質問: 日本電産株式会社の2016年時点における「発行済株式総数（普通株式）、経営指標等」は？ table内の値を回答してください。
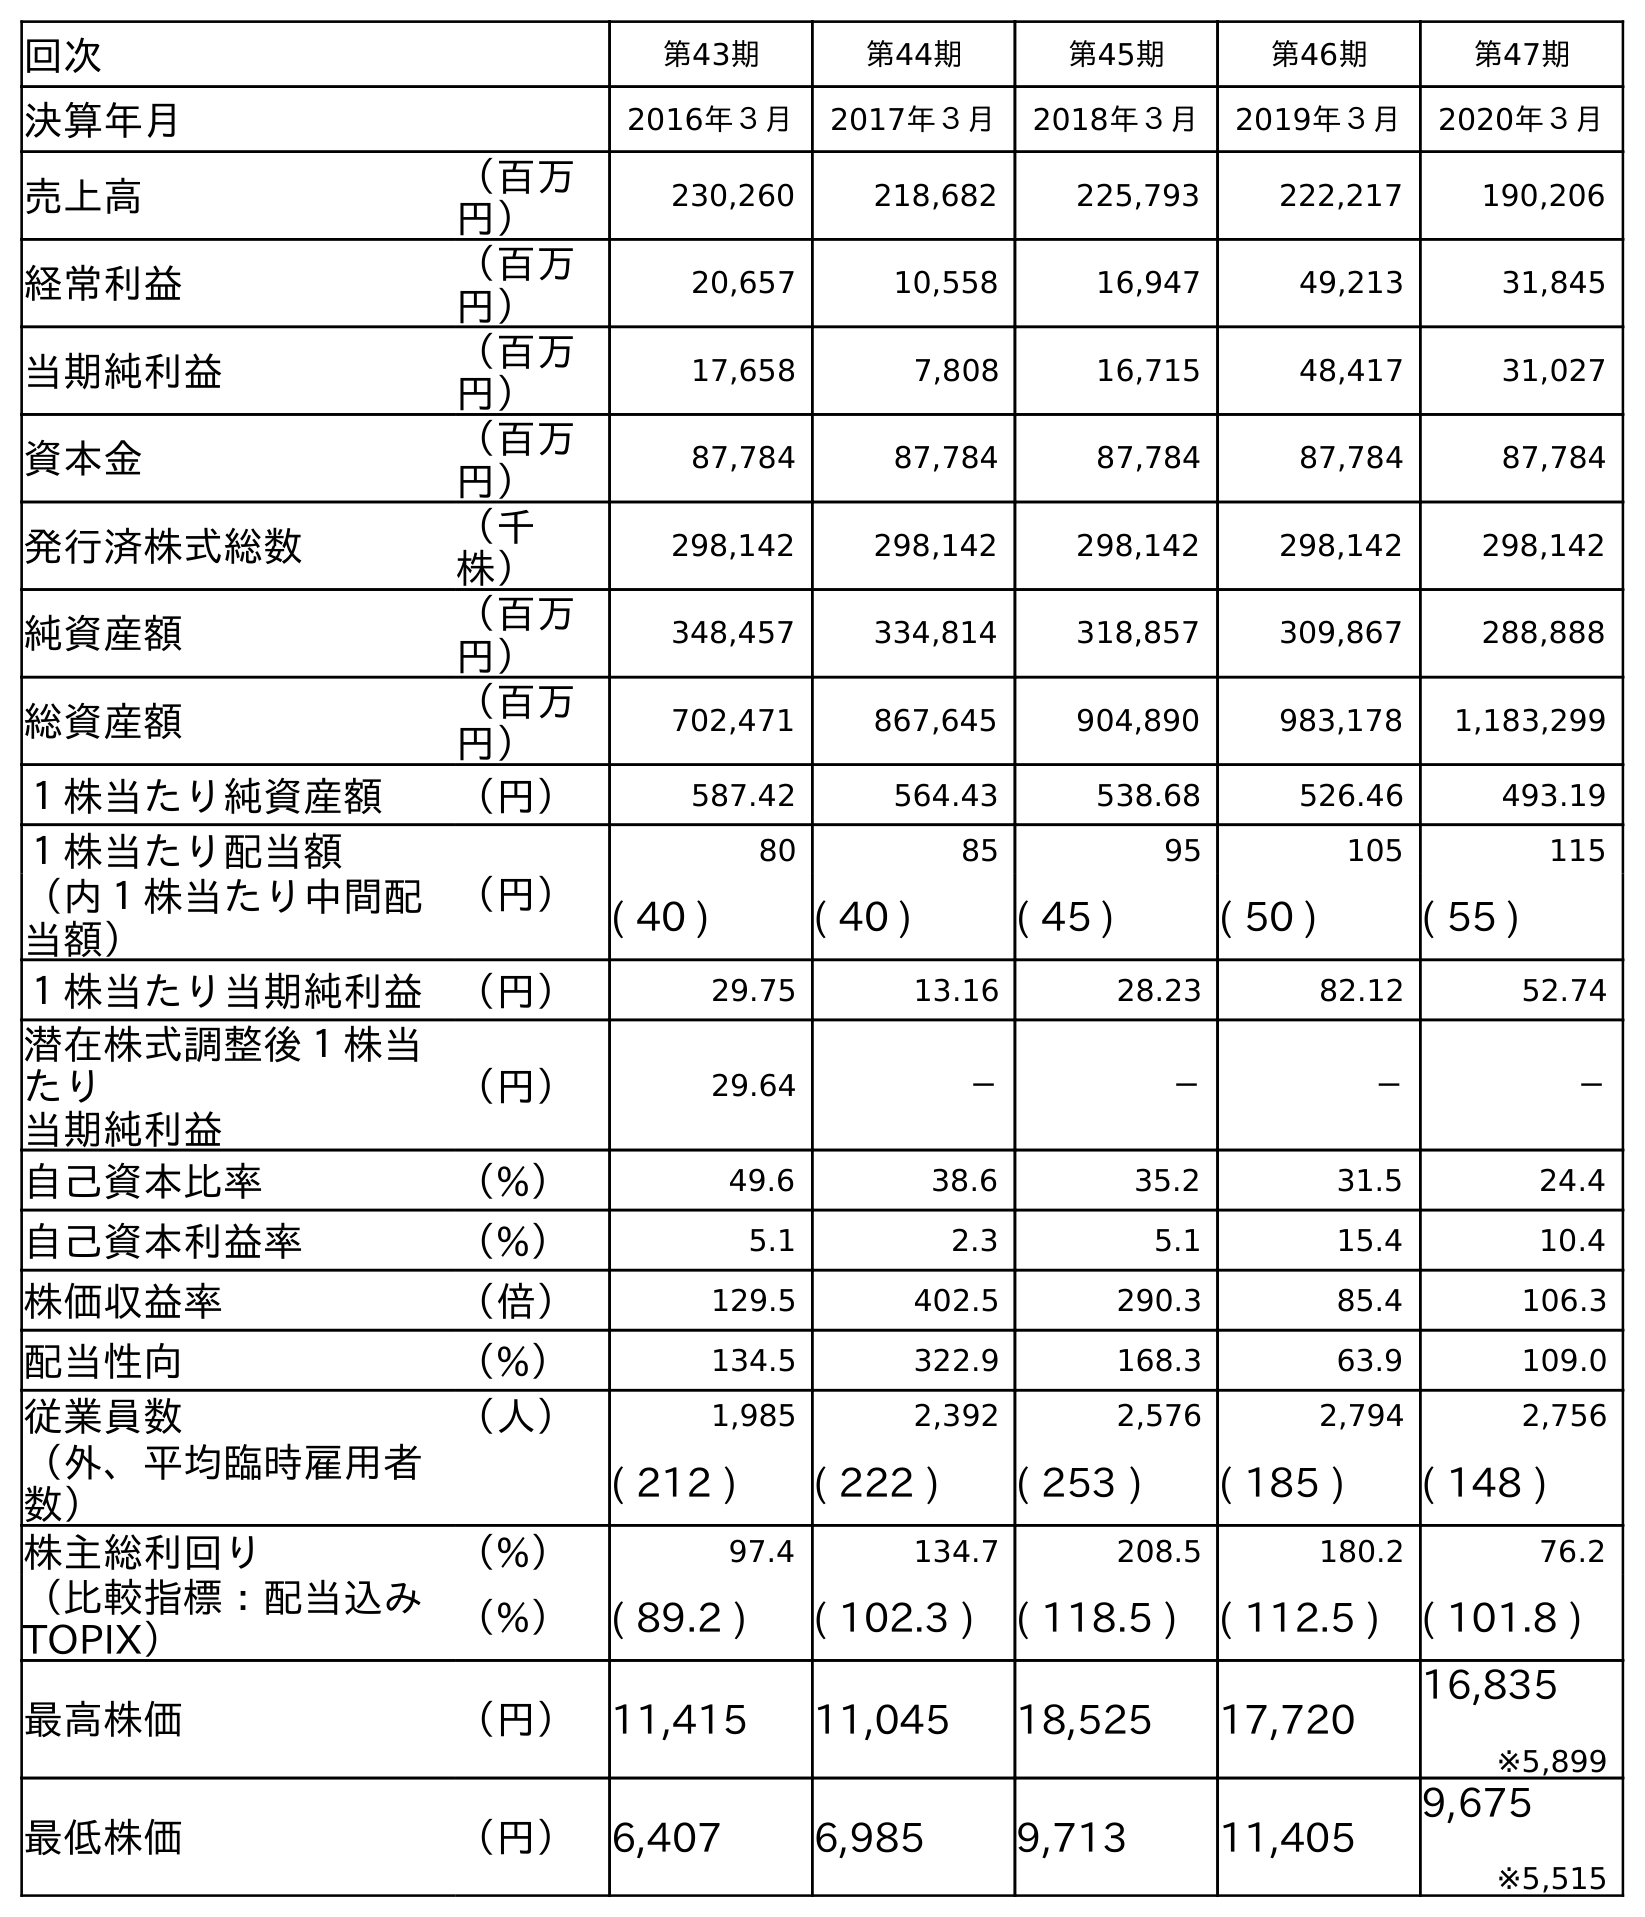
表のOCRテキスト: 回次 第43期 第44期 第45期 第46期 第47期 決算年月 2016年３月 2017年３月 2018年３月 2019年３月 2020年３月 売上高 （百万 円） 230,260 218,682 225,793 222,217 190,206 経常利益 （百万 円） 20,657 10,558 16,947 49,213 31,845 当期純利益 （百万 円） 17,658 7,808 16,715 48,417 31,027 資本金 （百万 円） 87,784 87,784 87,784 87,784 87,784 発行済株式総数 （千 株） 298,142 298,142 298,142 298,142 298,142 純資産額 （百万 円） 348,457 334,814 318,857 309,867 288,888 総資産額 （百万 円） 702,471 867,645 904,890 983,178 1,183,299 １株当たり純資産額 （円） 587.42 564.43 538.68 526.46 493.19 １株当たり配当額 （円） 80 85 95 105 115 （内１株当たり中間配 当額） ( 40 ) ( 40 ) ( 45 ) ( 50 ) ( 55 ) １株当たり当期純利益 （円） 29.75 13.16 28.23 82.12 52.74 潜在株式調整後１株当 たり 当期純利益 （円） 29.64 － － － － 自己資本比率 （%） 49.6 38.6 35.2 31.5 24.4 自己資本利益率 （%） 5.1 2.3 5.1 15.4 10.4 株価収益率 （倍） 129.5 402.5 290.3 85.4 106.3 配当性向 （%） 134.5 322.9 168.3 63.9 109.0 従業員数 （人） 1,985 2,392 2,576 2,794 2,756 （外、平均臨時雇用者 数） ( 212 ) ( 222 ) ( 253 ) ( 185 ) ( 148 ) 株主総利回り （%） 97.4 134.7 208.5 180.2 76.2 （比較指標：配当込み TOPIX） （%） ( 89.2 ) ( 102.3 ) ( 118.5 ) ( 112.5 ) ( 101.8 ) 最高株価 （円） 11,415 11,045 18,525 17,720 16,835 ※5,899 最低株価 （円） 6,407 6,985 9,713 11,405 9,675 ※5,515
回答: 298,142